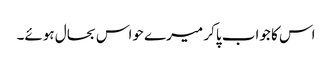
اس کا جواب پاکر میرے حواس بحال ہوئے۔